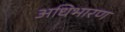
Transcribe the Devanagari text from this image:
अधिभारण